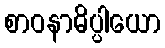
စာဝနာဓိပ္ပါယော